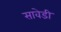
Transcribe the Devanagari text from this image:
सावेडी